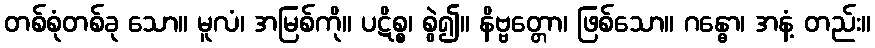
တစ်စုံတစ်ခု သော။ မူလံ၊ အမြစ်ကို။ ပဋိစ္စ၊ စွဲ၍။ နိဗ္ဗတ္တော၊ ဖြစ်သော။ ဂန္ဓော၊ အနံ့ တည်း။